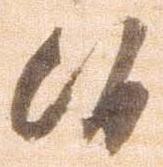
候